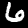
Label: 6